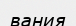
вания